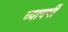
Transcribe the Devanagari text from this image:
व्यावर्षी